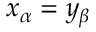
x _ { \alpha } = y _ { \beta }